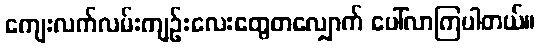
ကျေးလက်လမ်းကျဉ်းလေးတွေတလျှောက် ပေါ်လာကြပါတယ်။